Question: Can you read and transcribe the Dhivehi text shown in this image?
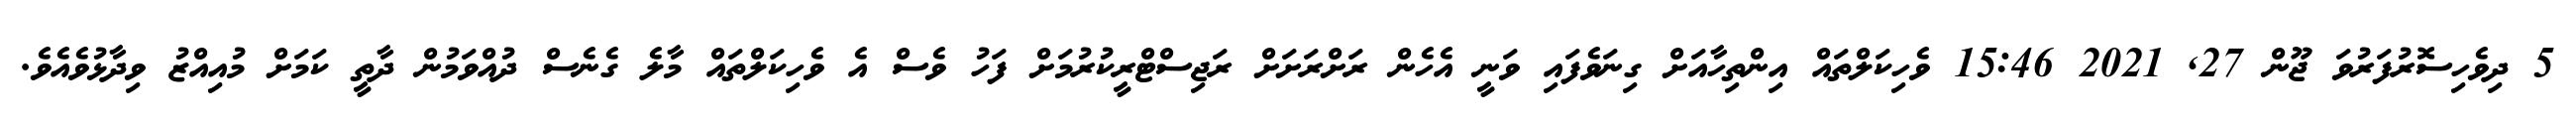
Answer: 5 ދިވެހިސޮރުފަރުވަ ޖޫން 27, 2021 15:46 ވެހިކަލްތައް އިންތިހާއަށް ގިނަވެފައި ވަނީ އެހެން ރަށްރަށަށް ރަޖިސްޓްރީކުރުމަށް ފަހު ވެސް އެ ވެހިކަލްތައް މާލެ ގެނެސް ދުއްވަމުން ދާތީ ކަމަށް މުއިއްޒު ވިދާޅުވެއެވެ.